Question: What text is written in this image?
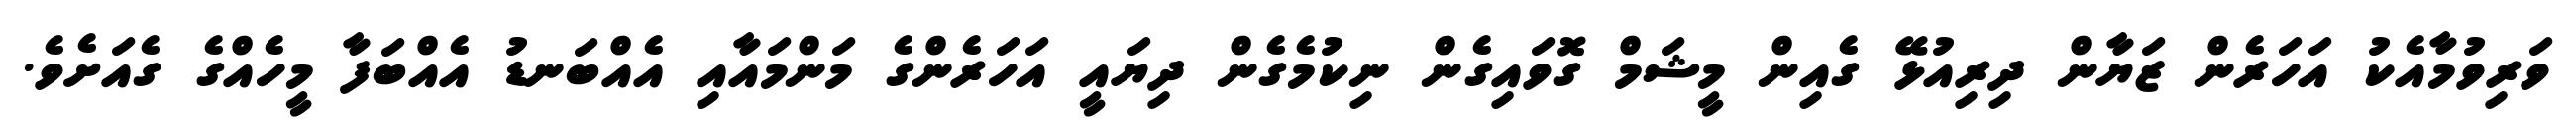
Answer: ވަރިވުމާއެކު އަހަރެން ޒަޔާން ދިރިއުޅޭ ގެއިން މީޝަމް ގޮވައިގެން ނިކުމެގެން ދިޔައީ އަހަރެންގެ މަންމައާއި އެއްބަނޑު އެއްބަފާ މީހެއްގެ ގެއަށެވެ.